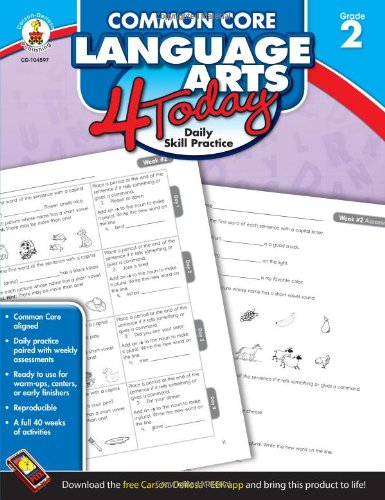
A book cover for Common Core Language Arts 4 Today, Grade 2: Daily Skill Practice (Common Core 4 Today); Education & Teaching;